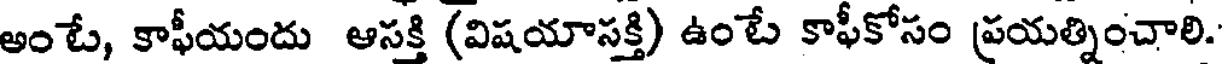
అంటే, కాఫీయందు ఆసక్తి (విషయాసక్తి) ఉంటే కాఫీకోసం ప్రయత్నించాలి.